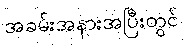
အခမ်းအနားအပြီးတွင်